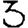
Digit: 3